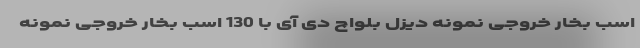
اسب بخار خروجی نمونه دیزل بلواچ دی آی با 130 اسب بخار خروجی نمونه